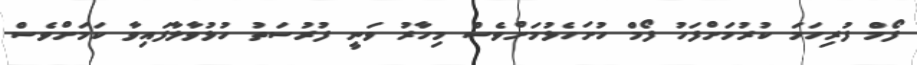
ފޯމް ފުރިހަމަ ކުރުމަށްފަހު ފޯމް ހުށަހެޅުމަށްވެސް މިހާރު ވަނީ ފުރުސަތު ހުޅުވާލާފައިވާ ކަމަށްވެސް